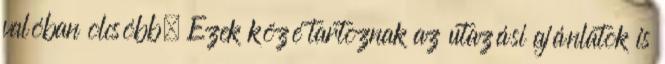
valóban olcsóbb. Ezek közé tartoznak az utazási ajánlatok is